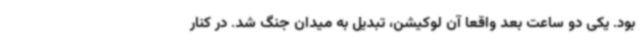
بود. یکی دو ساعت بعد واقعا آن لوکیشن، تبدیل به میدان جنگ شد. در کنار